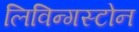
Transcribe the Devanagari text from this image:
लिविन्गस्टोन